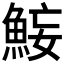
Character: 𫙜